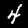
Digit: 4